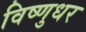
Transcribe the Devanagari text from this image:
विष्णुधर